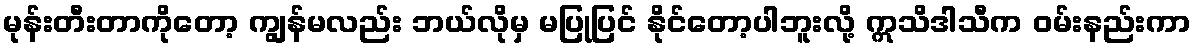
မုန်းတီးတာကိုတော့ ကျွန်မလည်း ဘယ်လိုမှ မပြုပြင် နိုင်တော့ပါဘူးလို့ ဣသိဒါသီက ဝမ်းနည်းကာ